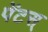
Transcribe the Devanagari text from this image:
पेंटस्